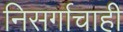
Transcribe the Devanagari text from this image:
निसर्गाचाही